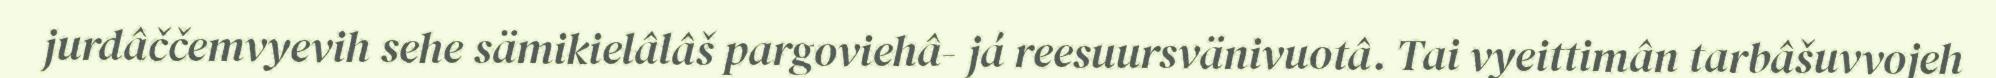
jurdâččemvyevih sehe sämikielâlâš pargoviehâ- já reesuursvänivuotâ. Tai vyeittimân tarbâšuvvojeh